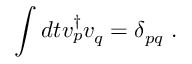
\int d t v _ { p } ^ { \dagger } v _ { q } = \delta _ { p q } ~ .